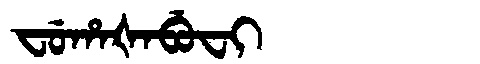
Manchu: ᠸᡠᡥᠠᡧᠠᠪᡠᠸᡳ
Romanization: FUHAŠABUFI